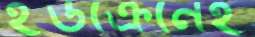
ইউক্রেনেই